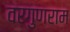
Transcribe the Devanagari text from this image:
वरगुणराम